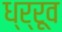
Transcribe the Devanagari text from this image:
ध्र्रूव